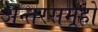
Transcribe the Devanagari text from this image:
अन्तरसमूहों